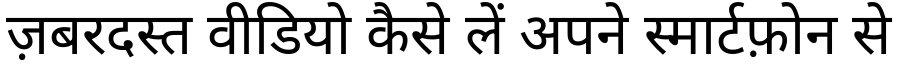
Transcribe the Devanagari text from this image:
ज़बरदस्त वीडियो कैसे लें अपने स्मार्टफ़ोन से